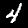
Label: 4